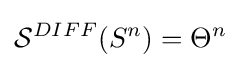
{\mathcal {S}}^{DIFF}(S^{n})=\Theta ^{n}